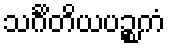
သင်္ဂိတိယပဉ္စကံ